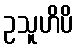
ဥသူဟိပိ